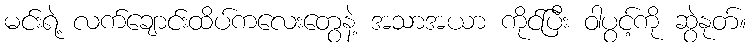
မင်းရဲ့ လက်ချောင်းထိပ်ကလေးတွေနဲ့ အသာအယာ ကိုင်ပြီး ဝါပွင့်ကို ဆွဲနုတ်။